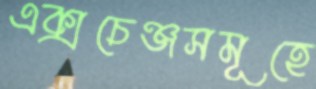
এক্সচেঞ্জসমূহে